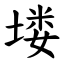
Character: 𪣻